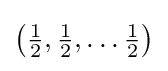
{\bigl (}{\tfrac {1}{2}},{\tfrac {1}{2}},\ldots {\tfrac {1}{2}}{\bigr )}